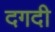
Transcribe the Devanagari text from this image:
दगदी